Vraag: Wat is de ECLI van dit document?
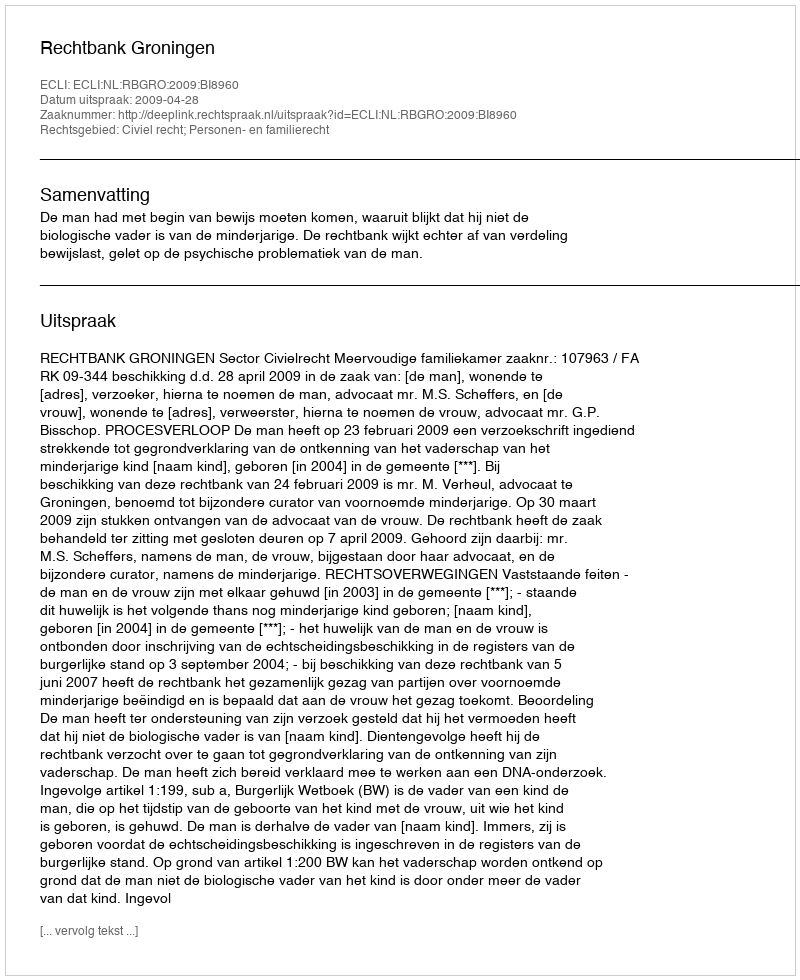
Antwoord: ECLI:NL:RBGRO:2009:BI8960